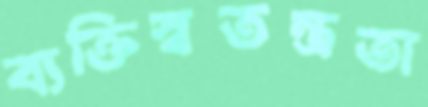
ব্যক্তিস্বতন্ত্রতা